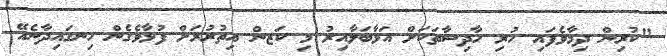
"ކުރިން ދިމާވެފައި ހުރި ހާދިސާތަކަށް އަޅާބަލާއިރު މި ކަޒން އިތުރުރަށް ފުޅާވެގެން ހިނގައިދާނެއޭ